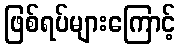
ဖြစ်ရပ်များကြောင့်